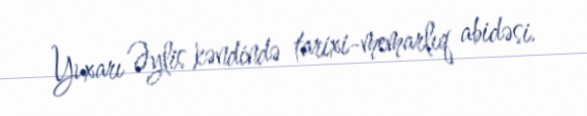
Yuxarı Əylis kəndində tarixi-memarlıq abidəsi.